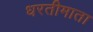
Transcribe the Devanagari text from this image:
धरतीमाता